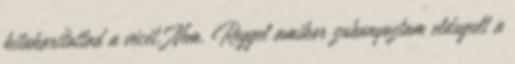
kitakarítottad a vécét. Nem. Reggel amikor zuhanyoztam eldugult a